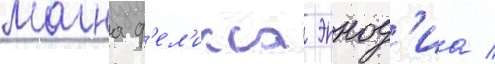
магна ф'ел'икса эннод'иа /